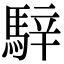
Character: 騂